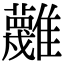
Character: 𩁝